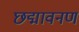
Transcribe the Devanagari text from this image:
छद्मावनण